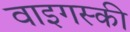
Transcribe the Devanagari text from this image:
वाइगस्की